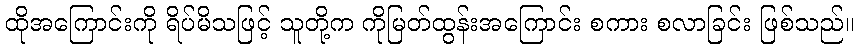
ထိုအကြောင်းကို ရိပ်မိသဖြင့် သူတို့က ကိုမြတ်ထွန်းအကြောင်း စကား စလာခြင်း ဖြစ်သည်။